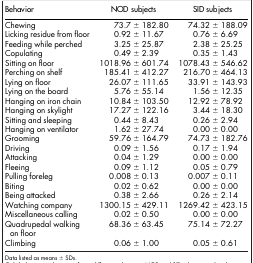
<table><thead><tr><td><b>Behavior</b></td><td><b>NOD subjects</b></td><td><b>SID subjects</b></td></tr></thead><tbody><tr><td>Chewing</td><td>73.7 ± 182.80</td><td>74.32 ± 188.09</td></tr><tr><td>Licking residue from floor</td><td>0.92 ± 11.67</td><td>0.76 ± 6.69</td></tr><tr><td>Feeding while perched</td><td>3.25 ± 25.87</td><td>2.38 ± 25.25</td></tr><tr><td>Copulating</td><td>0.49 ± 2.39</td><td>0.35 ± 1.43</td></tr><tr><td>Sitting on floor</td><td>1018.96 ± 601.74</td><td>1078.43 ± 546.62</td></tr><tr><td>Perching on shelf</td><td>185.41 ± 412.27</td><td>216.70 ± 464.13</td></tr><tr><td>Lying on floor</td><td>26.07 ± 111.65</td><td>33.91 ± 143.93</td></tr><tr><td>Lying on the board</td><td>5.76 ± 55.14</td><td>1.56 ± 12.35</td></tr><tr><td>Hanging on iron chain</td><td>10.84 ± 103.50</td><td>12.92 ± 78.92</td></tr><tr><td>Hanging on skylight</td><td>17.27 ± 122.16</td><td>3.44 ± 18.30</td></tr><tr><td>Sitting and sleeping</td><td>0.44 ± 8.43</td><td>0.26 ± 2.94</td></tr><tr><td>Hanging on ventilator</td><td>1.62 ± 27.74</td><td>0.00 ± 0.00</td></tr><tr><td>Grooming</td><td>59.76 ± 164.79</td><td>74.73 ± 182.76</td></tr><tr><td>Driving</td><td>0.09 ± 1.56</td><td>0.17 ± 1.94</td></tr><tr><td>Attacking</td><td>0.04 ± 1.29</td><td>0.00 ± 0.00</td></tr><tr><td>Fleeing</td><td>0.09 ± 1.12</td><td>0.05 ± 0.79</td></tr><tr><td>Pulling foreleg</td><td>0.008 ± 0.13</td><td>0.007 ± 0.11</td></tr><tr><td>Biting</td><td>0.02 ± 0.62</td><td>0.00 ± 0.00</td></tr><tr><td>Being attacked</td><td>0.38 ± 2.66</td><td>0.26 ± 2.14</td></tr><tr><td>Watching company</td><td>1300.15 ± 429.11</td><td>1269.42 ± 423.15</td></tr><tr><td>Miscellaneous calling</td><td>0.02 ± 0.50</td><td>0.00 ± 0.00</td></tr><tr><td>Quadrupedal walking on floor</td><td>68.36 ± 63.45</td><td>75.14 ± 72.27</td></tr><tr><td>Climbing</td><td>0.06 ± 1.00</td><td>0.05 ± 0.61</td></tr></tbody></table>